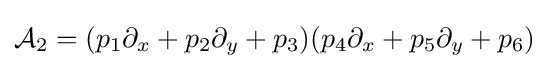
{\mathcal {A}}_{2}=(p_{1}\partial _{x}+p_{2}\partial _{y}+p_{3})(p_{4}\partial _{x}+p_{5}\partial _{y}+p_{6})